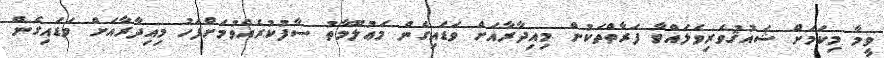
ވީމާ މިކަމަށް ޝައުޤުވެރިވެލައްވާ ފަރާތްތަކުން މިއިދާރާއަށް ވަޑައިގެން މަޢުލޫމާތު ސާފުކުރެއްވުމަށްފަހު މިއިދާރާއަށް ވަޑައިގެން